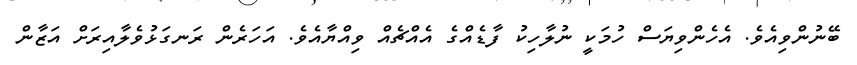
ބޭނުންވިއެވެ. އެހެންވިޔަސް ހުމަކީ ނުލާހިކު ފާޑެއްގެ އެއްޗެއް ވިއްޔާއެވެ. އަހަރެން ރަނގަޅުވެލާއިރަށް އަޒާން